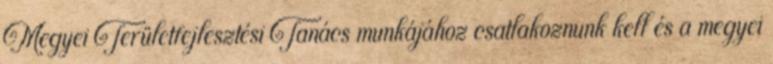
Megyei Területfejlesztési Tanács munkájához csatlakoznunk kell és a megyei